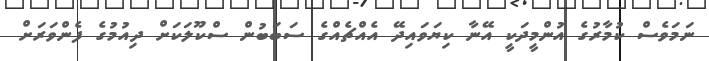
ނަމަވެސް ކުމާރުގެ އުންމީދަކީ އޭނާ ކިޔަވައިދޭ އެއްޗެއްގެ ސަބަބުން ސްކޫލަކަށް ދިއުމުގެ ފެންވަރަށް